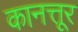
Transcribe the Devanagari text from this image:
कानत्तूर